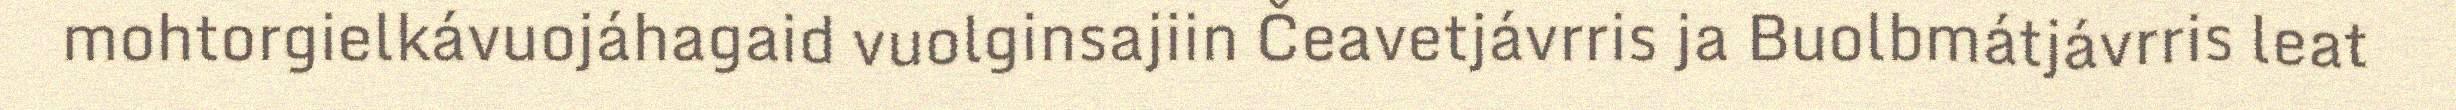
mohtorgielkávuojáhagaid vuolginsajiin Čeavetjávrris ja Buolbmátjávrris leat